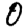
Digit: 0